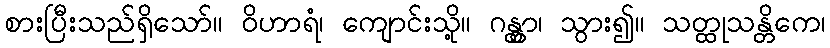
စားပြီးသည်ရှိသော်။ ဝိဟာရံ၊ ကျောင်းသို့။ ဂန္တွာ၊ သွား၍။ သတ္ထုသန္တိကေ၊